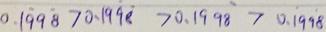
0 . 1 \dot { 9 } 9 \dot { 8 } > 0 . 1 9 \dot { 9 } \dot { 8 } > 0 . 1 9 9 \dot { 8 } > 0 . 1 \dot { 9 } 9 \dot { 8 }